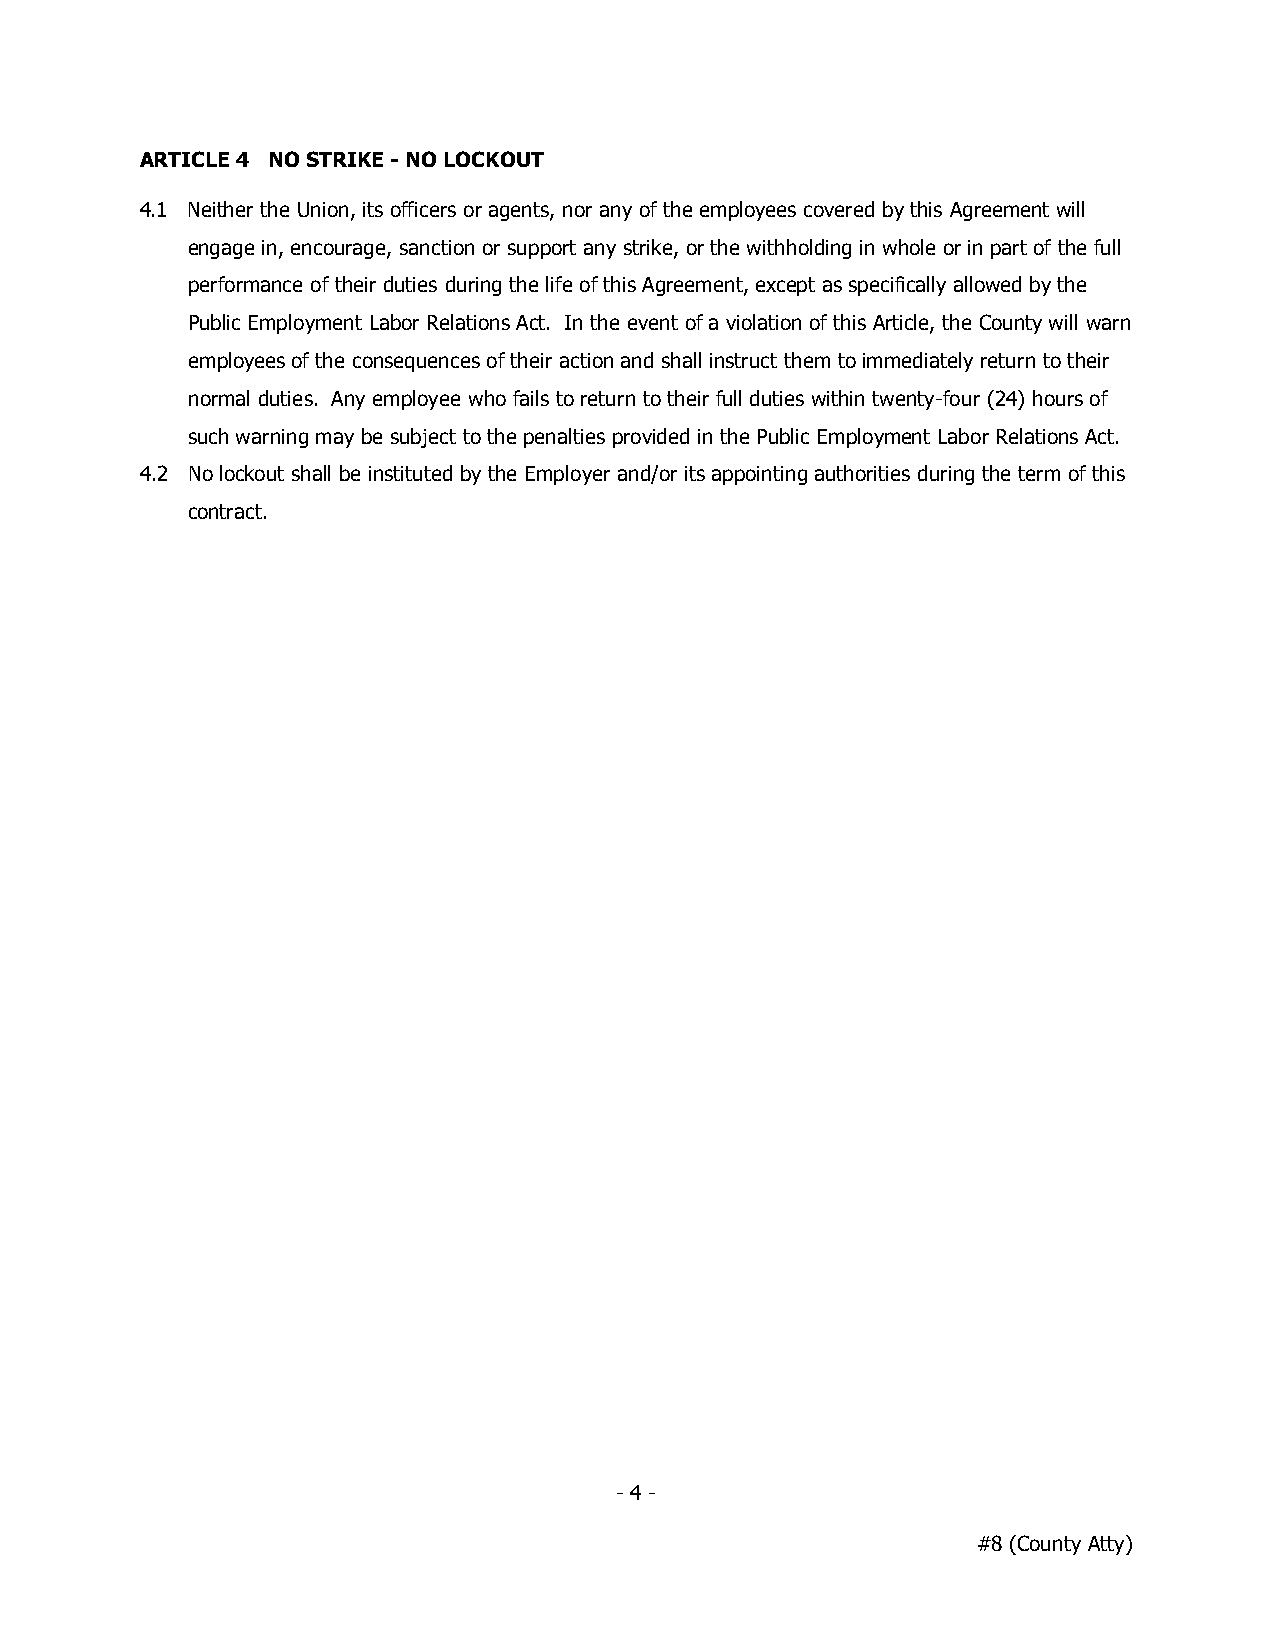
ARTICLE 4 NO STRIKE - NO LOCKOUT
 4.1 Neither the Union, its officers or agents, nor any of the employees covered by this Agreement will
 engage in, encourage, sanction or support any strike, or the withholding in whole or in part of the full
 performance of their duties during the life of this Agreement, except as specifically allowed by the
 Public Employment Labor Relations Act. In the event of a violation of this Article, the County will warn
 employees of the consequences of their action and shall instruct them to immediately return to their
 normal duties. Any employee who fails to return to their full duties within twenty-four (24) hours of
 such warning may be subject to the penalties provided in the Public Employment Labor Relations Act.
 4.2 No lockout shall be instituted by the Employer and/or its appointing authorities during the term of this
 contract.
 - 4 -
 #8 (County Atty)